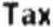
TAX